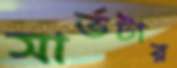
সার্ভটার